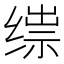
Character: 𬘼